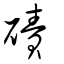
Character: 磧